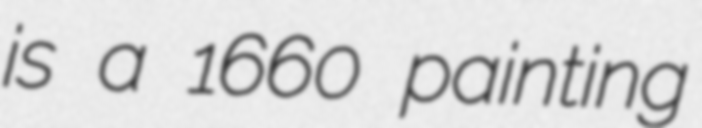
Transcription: is a 1660 painting